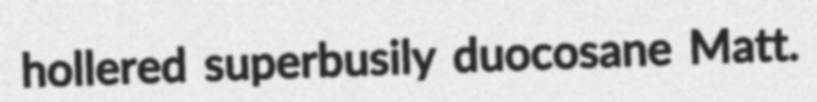
hollered superbusily duocosane Matt.